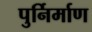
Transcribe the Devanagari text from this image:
पुर्निर्माण